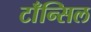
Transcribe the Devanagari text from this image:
टाँन्सिल